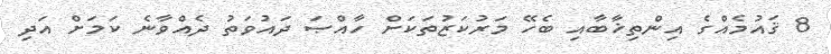
8 ޤައުމެއްގެ އިންތިޚާބާއި ބެހޭ މަރުކަޒުތަކަށް ހާއްޞަ ދައުވަތު ދެއްވާނެ ކަމަށް އަދި